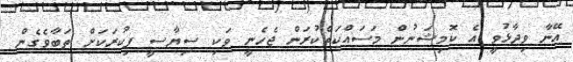
އޭނާ ވިދާޅުވީ އެ ކޮމިޝަނުން މަސައްކަތްކުރަން ޖެހެނީ ވަކި ސިޔާސީ ފިކުރަކަށް ތަބާވެގެން